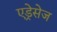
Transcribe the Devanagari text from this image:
एड्रेसेज